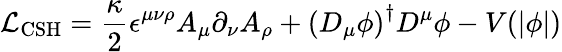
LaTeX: {\cal L}_{\mathrm{CSH}}={\frac{\kappa}{2}}\epsilon^{\mu\nu\rho}A_{\mu}\partial_{\nu}A_{\rho}+\left(D_{\mu}\phi\right)^{\dagger}D^{\mu}\phi-V(|\phi|)